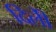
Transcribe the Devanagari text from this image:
दिलीे